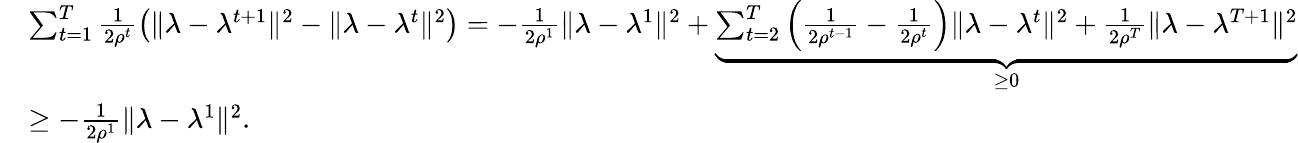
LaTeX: \begin{array}{rl}&{\sum_{t=1}^{T}\frac{1}{2\rho^{t}}\big(\| \lambda-\lambda^{t+1}\| ^{2}-\| \lambda-\lambda^{t}\| ^{2}\big)=-\frac{1}{2\rho^{1}}\| \lambda-\lambda^{1}\| ^{2}+\underbrace{\sum_{t=2}^{T}\Big(\frac{1}{2\rho^{t-1}}-\frac{1}{2\rho^{t}}\Big)\| \lambda-\lambda^{t}\| ^{2}+\frac{1}{2\rho^{T}}\| \lambda-\lambda^{T+1}\| ^{2}}_{\geq 0}}\\ &{\geq-\frac{1}{2\rho^{1}}\| \lambda-\lambda^{1}\| ^{2}.}\end{array}